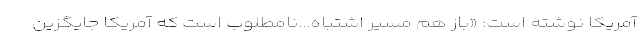
آمریکا نوشته است: «باز هم مسیر اشتباه...نامطلوب است که آمریکا جایگزین